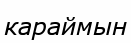
караймын